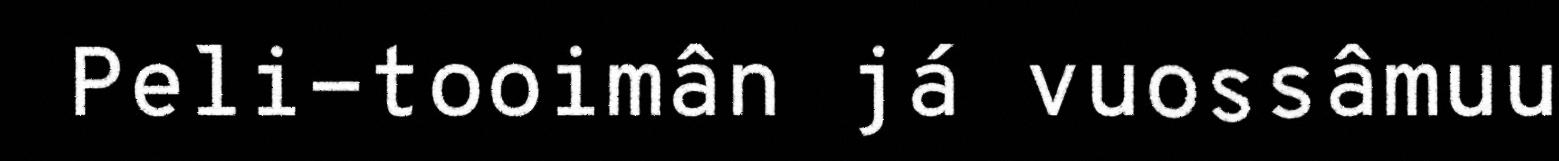
Peli-tooimân já vuossâmuu